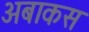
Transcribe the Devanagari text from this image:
अबाकस